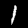
Digit: 1